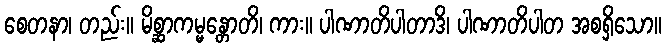
စေတနာ၊ တည်း။ မိစ္ဆာကမ္မန္တောတိ၊ ကား။ ပါဏာတိပါတာဒိ၊ ပါဏာတိပါတ အစရှိသော။